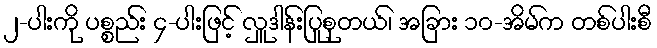
၂-ပါးကို ပစ္စည်း ၄-ပါးဖြင့် လှူဒါန်းပြုစုတယ်၊ အခြား ၁၀-အိမ်က တစ်ပါးစီ